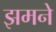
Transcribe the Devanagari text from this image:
झमने